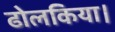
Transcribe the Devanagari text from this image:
ढोलकिया।